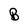
Character: B